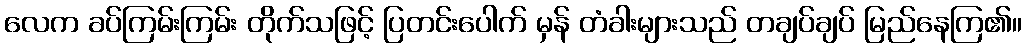
လေက ခပ်ကြမ်းကြမ်း တိုက်သဖြင့် ပြတင်းပေါက် မှန် တံခါးများသည် တချပ်ချပ် မြည်နေကြ၏။